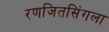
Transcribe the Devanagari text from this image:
रणजितसिंगला